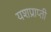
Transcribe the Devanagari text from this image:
यशप्राप्ती